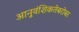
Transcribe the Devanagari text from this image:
आनुवंशिकतेबरोबर